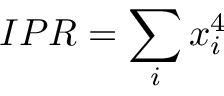
I P R = \sum _ { i } x _ { i } ^ { 4 }